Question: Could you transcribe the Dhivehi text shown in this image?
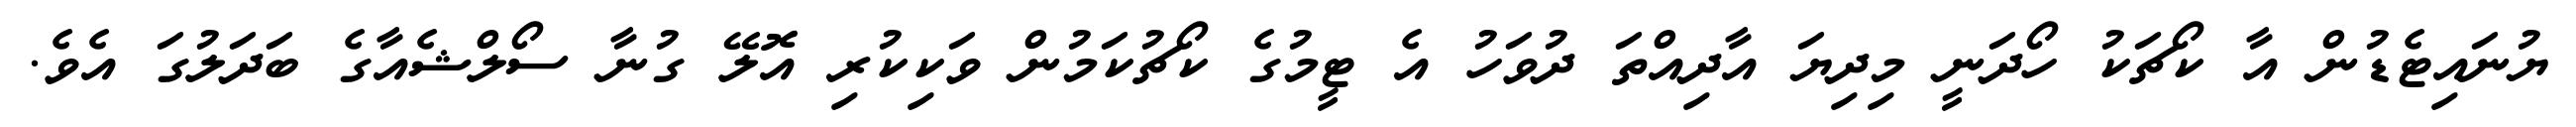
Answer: ޔުނައިޓެޑުން އާ ކޯޗަކު ހޯދަނީ މިދިޔަ އާދިއްތަ ދުވަހު އެ ޓީމުގެ ކޯޗުކަމުން ވަކިކުރި އޮލޭ ގުނާ ސޯލްޝެއާގެ ބަދަލުގަ އެވެ.